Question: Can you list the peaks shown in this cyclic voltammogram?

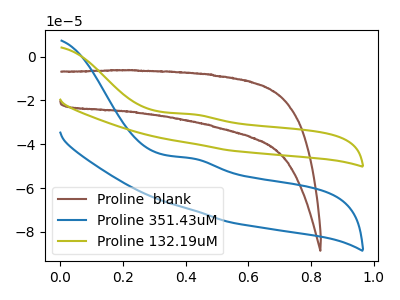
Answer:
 <answer>The brown curve "Proline  blank" has no peaks. The blue curve "Proline 351.43uM" has an anodic peak at: (0.40V, -46.40uA). The olive curve "Proline 132.19uM" has an anodic peak at: (0.40V, -26.30uA).</answer>
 <eval></eval>